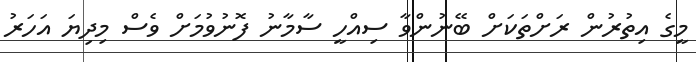
މީގެ އިތުރުން ރަށްތަކަށް ބޭނުންވާ ސިއްހީ ސާމާނު ފޮނުވުމަށް ވެސް މިދިޔަ އަހަރު